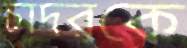
চাদরকে